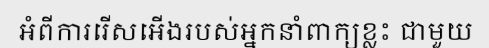
អំពីការរើសអើងរបស់អ្នកនាំពាក្យខ្លះ ជាមួយ